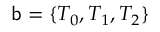
\mathsf { b } = \{ T _ { 0 } , T _ { 1 } , T _ { 2 } \}